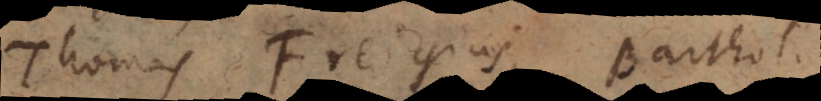
Thomas Freigius, Barthol.